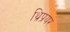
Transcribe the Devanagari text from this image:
थ्रिप्रयर